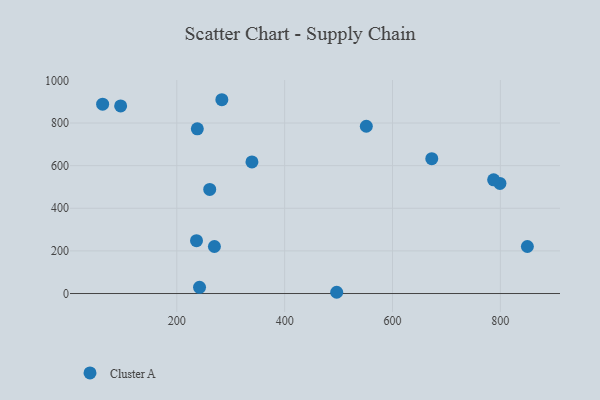
{"axis": {"x": "Study Hours", "y": "Profit"}, "legend": ["Cluster A"], "data": [{"x": "236.5", "y": 248.2, "type": "Cluster A"}, {"x": "850.1", "y": 220.7, "type": "Cluster A"}, {"x": "799.2", "y": 516.7, "type": "Cluster A"}, {"x": "269.7", "y": 220.7, "type": "Cluster A"}, {"x": "496.5", "y": 5.9, "type": "Cluster A"}, {"x": "62.4", "y": 888.2, "type": "Cluster A"}, {"x": "787.5", "y": 533.3, "type": "Cluster A"}, {"x": "551.4", "y": 784.8, "type": "Cluster A"}, {"x": "238.0", "y": 773.0, "type": "Cluster A"}, {"x": "242.1", "y": 29.0, "type": "Cluster A"}, {"x": "339.3", "y": 617.3, "type": "Cluster A"}, {"x": "283.5", "y": 909.3, "type": "Cluster A"}, {"x": "672.8", "y": 632.8, "type": "Cluster A"}, {"x": "261.0", "y": 488.5, "type": "Cluster A"}, {"x": "95.8", "y": 880.2, "type": "Cluster A"}]}